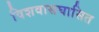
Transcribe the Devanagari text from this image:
विशवासघासित